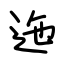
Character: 迤